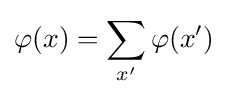
\varphi (x)=\sum _{x'}\varphi (x')